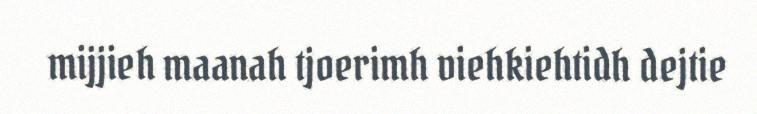
mijjieh maanah tjoerimh viehkiehtidh dejtie